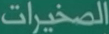
الصخيرات